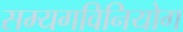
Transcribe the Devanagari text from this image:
सम्यगविनियोग